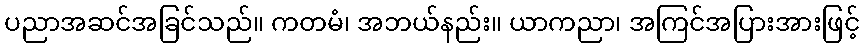
ပညာအဆင်အခြင်သည်။ ကတမံ၊ အဘယ်နည်း။ ယာကညာ၊ အကြင်အပြားအားဖြင့်